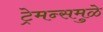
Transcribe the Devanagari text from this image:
ट्रेमन्समुळे